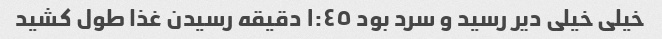
خیلی خیلی دیر رسید و سرد بود ١:٤٥ دقیقه رسیدن غذا طول کشید